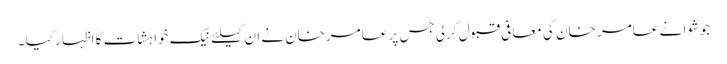
جوشوا نے عامر خان کی معافی قبول کرلی جس پر عامرخان نے ان کیلئے نیک خواہشات کا اظہار کیا ۔